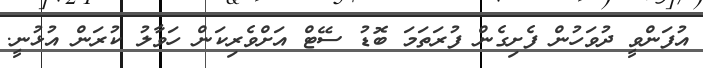
އުފަންވީ ދުވަހުން ފެށިގެން ފުރަތަމަ ބޮޑު ސޭޓް އަށްވެރިކަން ހަވާލު ކުރަން އުޅުނީ.